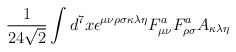
\begin{align*}\frac{1}{24\sqrt{2}}\int d^{7}x\epsilon ^{\mu \nu \rho \sigma \kappa \lambda\eta }F_{\mu \nu }^{a}F_{\rho \sigma }^{a}A_{\kappa \lambda \eta }\end{align*}